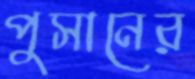
পুসানের